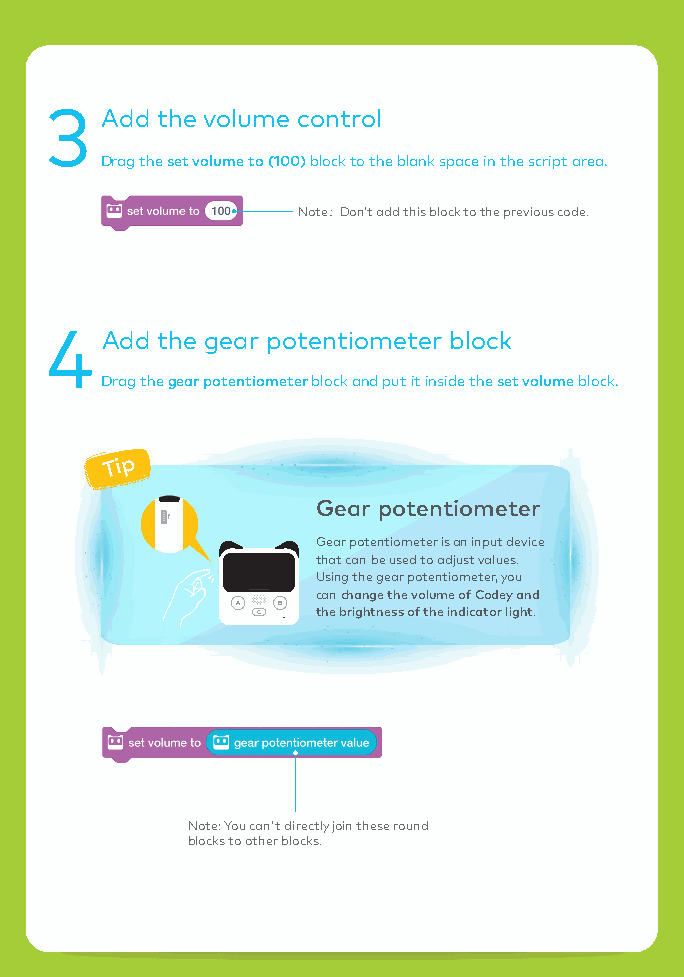
3   Add the volume control
 Drag the set volume to (100) block to the blank space in the script area.
 Note：Don’t add this block to the previous code.
 4   Add the gear potentiometer block
 Drag the gear potentiometer block and put it inside the set volume block.
 Tip
 Gear potentiometer
 Gear potentiometer is an input device
 that can be used to adjust values.
 Using the gear potentiometer, you
 can change the volume of Codey and
 the brightness of the indicator light.
 Note: You can't directly join these round
 blocks to other blocks.